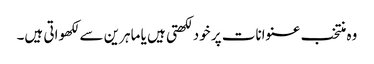
وہ منتخب عنوانات پر خود لکھتی ہیں یا ماہرین سے لکھواتی ہیں۔